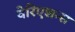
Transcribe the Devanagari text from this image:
वेरिएशन्स